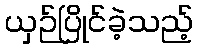
ယှဉ်ပြိုင်ခဲ့သည့်